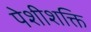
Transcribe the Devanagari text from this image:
पेशीशक्ति